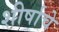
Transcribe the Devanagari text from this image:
शीर्षाचे